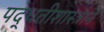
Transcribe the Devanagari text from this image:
पद्धतीशास्त्राने